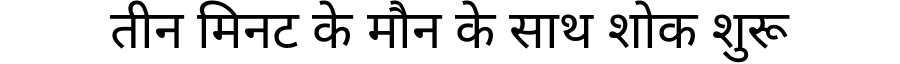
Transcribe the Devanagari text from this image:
तीन मिनट के मौन के साथ शोक शुरू